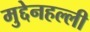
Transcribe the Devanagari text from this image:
मुद्देनहल्ली